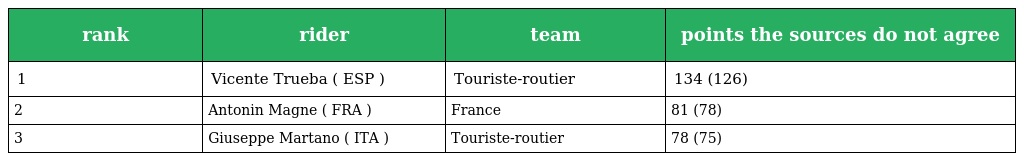
| rank | rider | team | points the sources do not agree |
 | --- | --- | --- | --- |
 | 1 | Vicente Trueba ( ESP ) | Touriste-routier | 134 (126) |
 | 2 | Antonin Magne ( FRA ) | France | 81 (78) |
 | 3 | Giuseppe Martano ( ITA ) | Touriste-routier | 78 (75) |